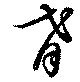
肴